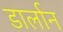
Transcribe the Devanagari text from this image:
डार्लान